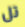
تل